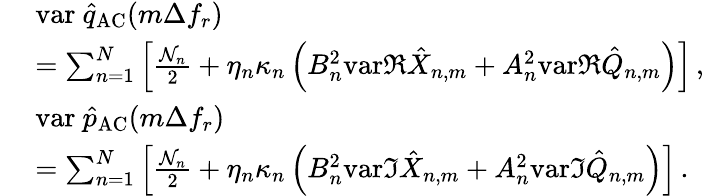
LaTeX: \begin{array}{rl}{~}&{\mathrm{var~}\hat{q}_{\mathrm{AC}}(m\Delta f_{r})}\\ &{=\sum_{n=1}^{N}\left[\frac{{\cal N}_{n}}{2}+\eta_{n}\kappa_{n}\left(B_{n}^{2}\mathrm{var}\Re\hat{X}_{n,m}+A_{n}^{2}\mathrm{var}\Re\hat{Q}_{n,m}\right)\right]\, ,}\\ &{\mathrm{var~}\hat{p}_{\mathrm{AC}}(m\Delta f_{r})}\\ &{=\sum_{n=1}^{N}\left[\frac{{\cal N}_{n}}{2}+\eta_{n}\kappa_{n}\left(B_{n}^{2}\mathrm{var}\Im\hat{X}_{n,m}+A_{n}^{2}\mathrm{var}\Im\hat{Q}_{n,m}\right)\right]\, .}\end{array}